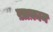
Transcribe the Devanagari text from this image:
ख़ाक़ान